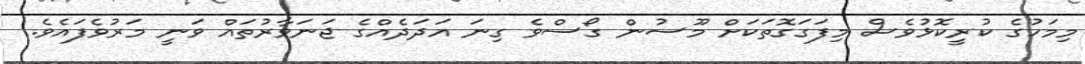
މިމަހުގެ ކުރީކޮޅުވެސް މިފަގަގޮތަކަށް މޫސުން ގޯސްވެ ގިނަ އަދަދެއްގެ ޖަނަވާރުތައް ވަނީ މަރުވެފައެވެ.